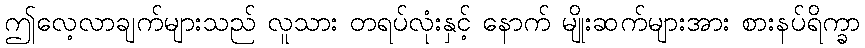
ဤလေ့လာချက်များသည် လူသား တရပ်လုံးနှင့် နောက် မျိုးဆက်များအား စားနပ်ရိက္ခာ